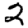
Digit: 2